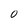
Character: O